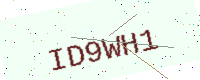
Text: ID9WH1